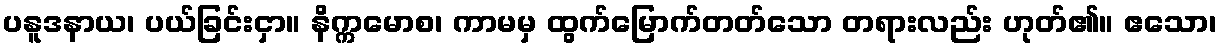
ပနူဒနာယ၊ ပယ်ခြင်းငှာ။ နိက္ကမောစ၊ ကာမမှ ထွက်မြောက်တတ်သော တရားလည်း ဟုတ်၏။ ဧသော၊